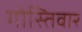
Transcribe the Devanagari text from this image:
गोस्तिवार